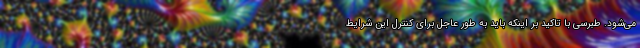
می‌شود. طبرسی با تاکید بر اینکه باید به طور عاجل برای کنترل این شرایط